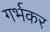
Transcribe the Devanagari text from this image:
गर्भकर